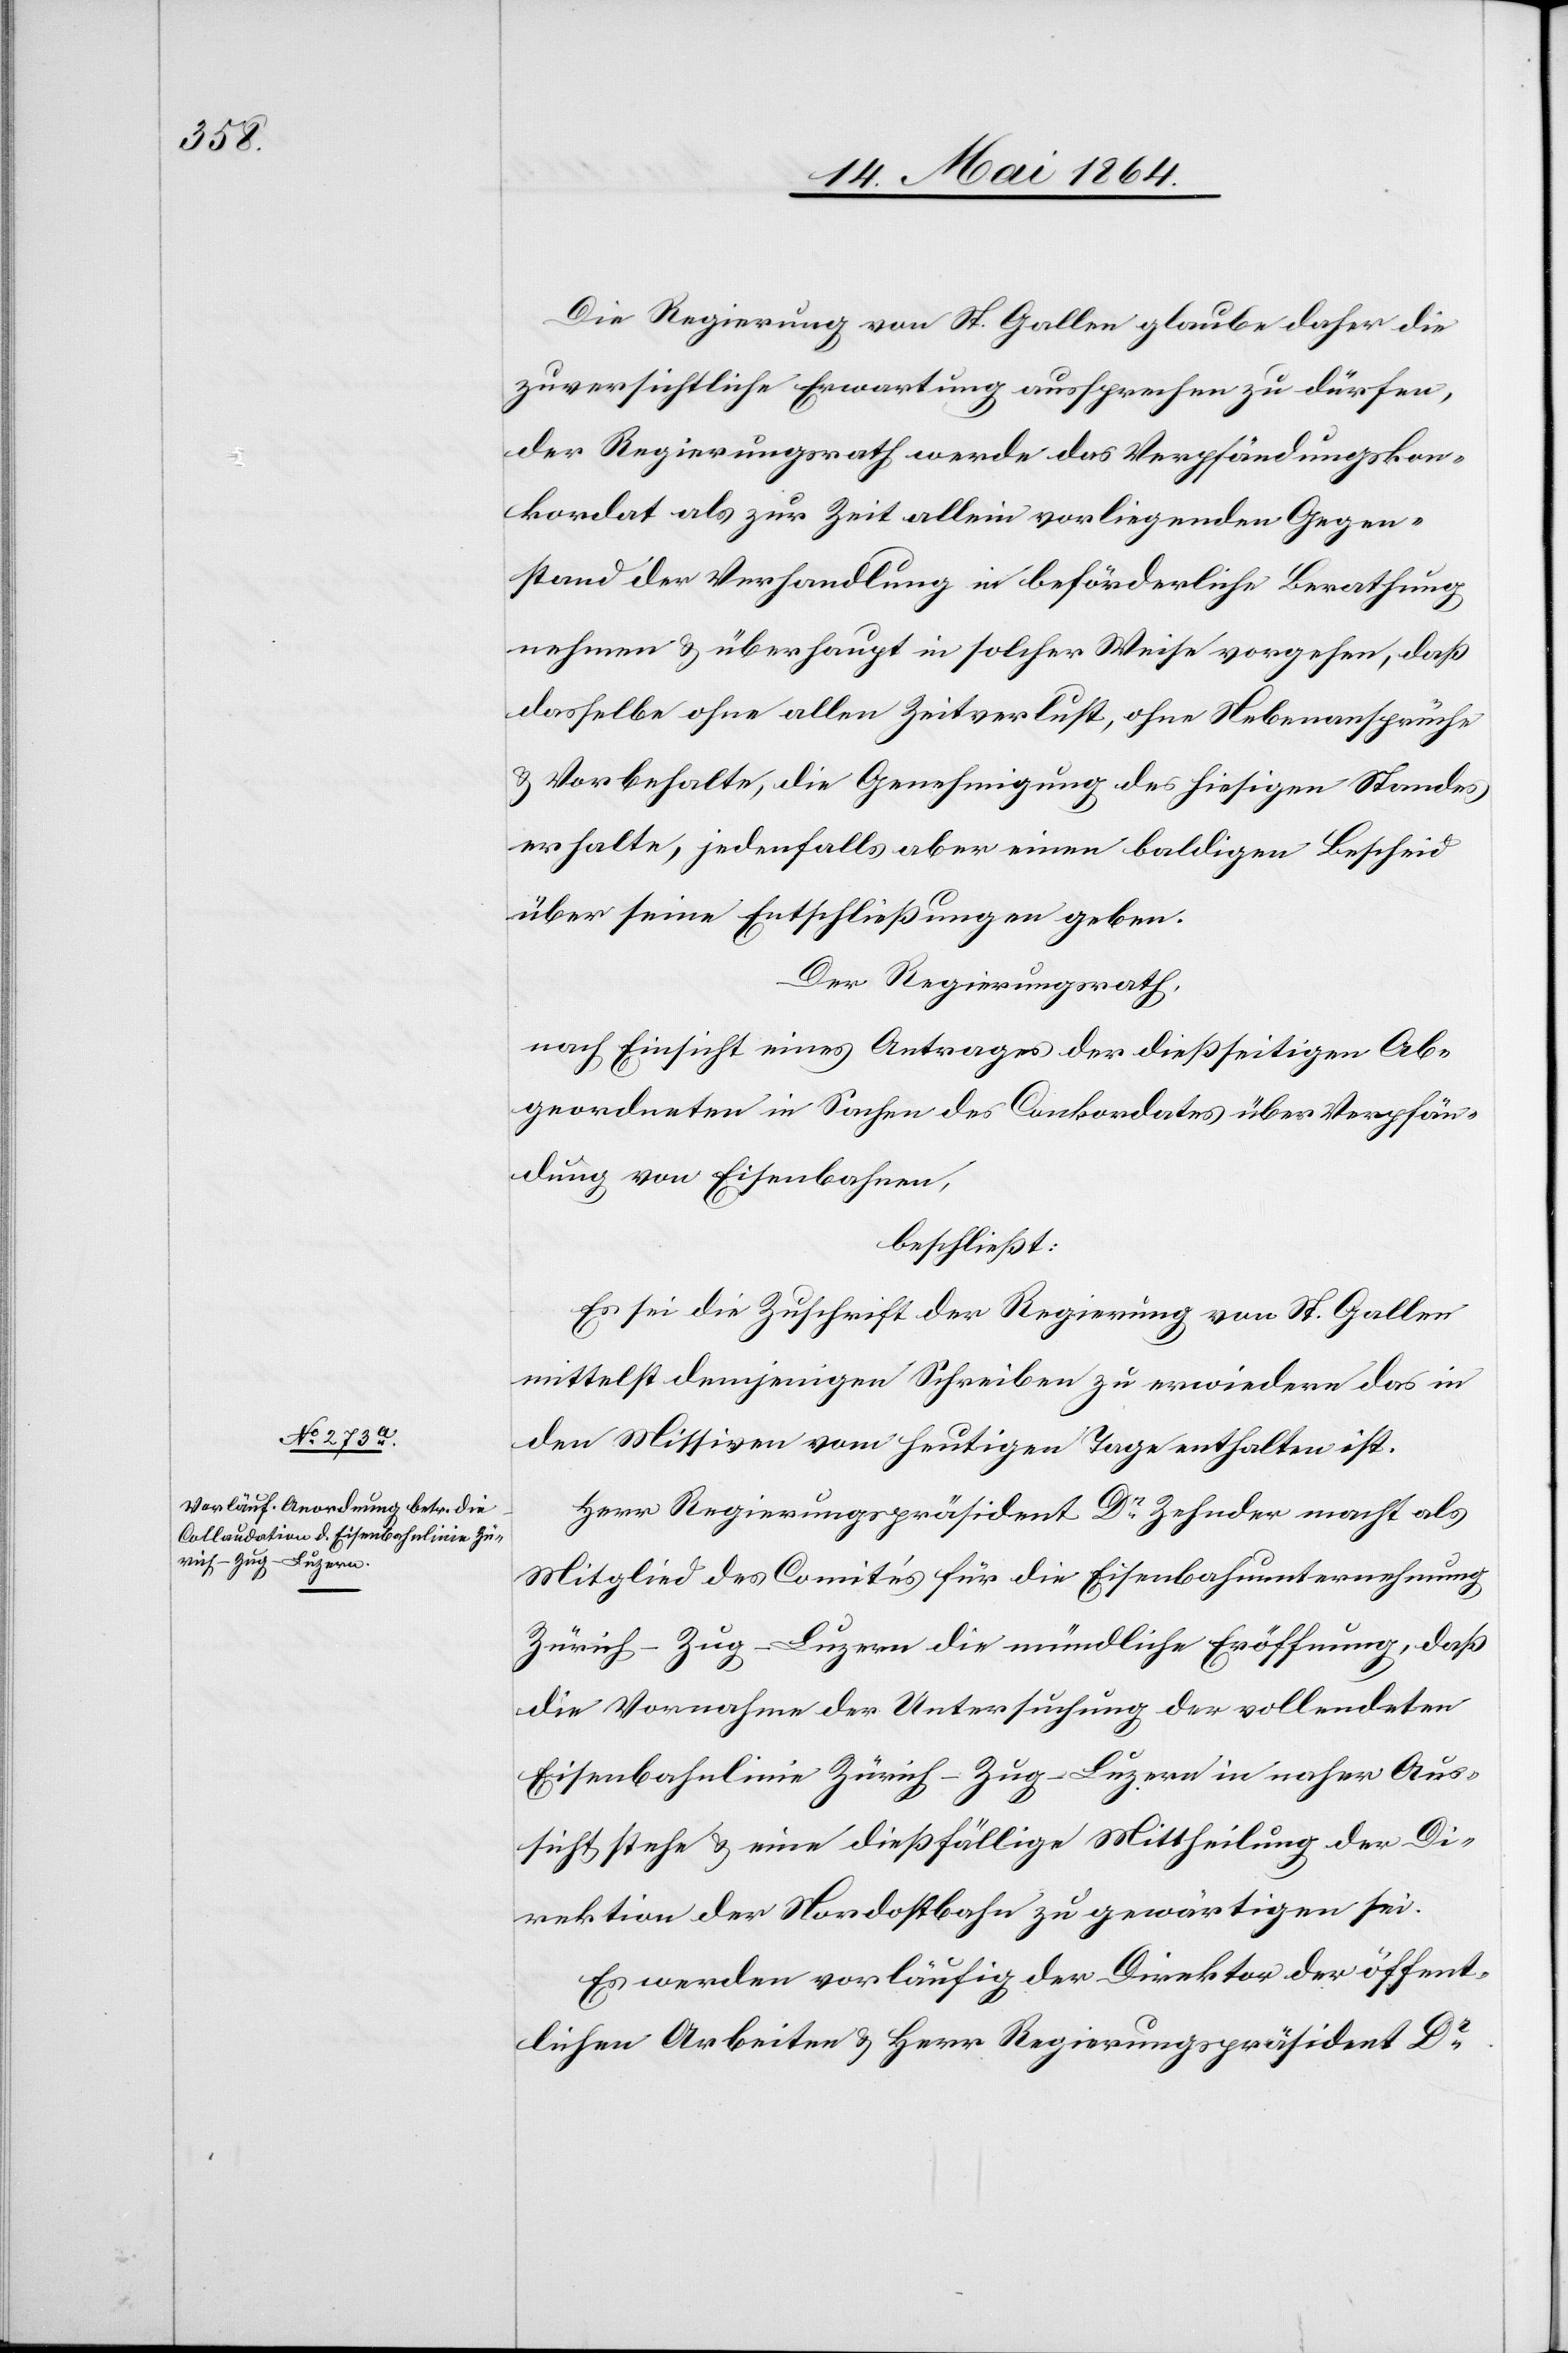
Die Regierung von St. Gallen glaube daher die
zuversichtliche Erwartung aussprechen zu dürfen,
der Regierungsrath werde das Verpfändungskon¬
kordat als zur Zeit allein vorliegenden Gegen¬
stand der Verhandlung in beförderliche Berathung
nehmen u. überhaupt in solcher Weise vorgehen, daß
dasselbe ohne allen Zeitverlust, ohne Nebenansprüche
u. Vorbehalte, die Genehmigung des hiesigen Standes
erhalte, jedenfalls aber einen baldigen Bescheid
über seine Entschließungen geben.
Der Regierungsrath,
nach Einsicht eines Antrages der dießseitigen Ab¬
geordneten in Sachen des Conkordates über Verpfän¬
dung von Eisenbahnen,
beschließt:
Es sei die Zuschrift der Regierung von St. Gallen
mittelst demjenigen Schreiben zu erwiedern das in
den Missiven vom heutigen Tage enthalten ist.
Herr Regierungspräsident Dr Zehnder macht als
Mitglied des Comités für die Eisenbahnunternehmung
Zürich–Zug–Luzern die mündliche Eröffnung, daß
die Vornahme der Untersuchung der vollendeten
Eisenbahnlinie Zürich–Zug–Luzern in naher Aus¬
sicht stehe u. eine dießfällige Mittheilung der Di¬
rektion der Nordostbahn zu gewärtigen sei.
Es werden vorläufig der Direktor der öffent¬
lichen Arbeiten u. Herr Regierungspräsident Dr